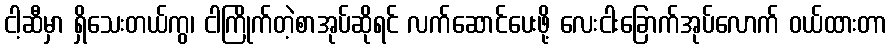
ငါ့ဆီမှာ ရှိသေးတယ်ကွ၊ ငါကြိုက်တဲ့စာအုပ်ဆိုရင် လက်ဆောင်ပေးဖို့ လေးငါးခြောက်အုပ်လောက် ဝယ်ထားတာ